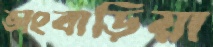
ভাংবাড়িয়া